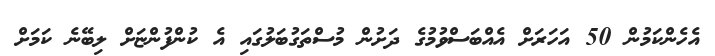
އެހެންކަމުން 50 އަހަރަށް އެއްބަސްވުމުގެ ދަށުން މުސްތަގުބަލުގައި އެ ކުންފުންޏަށް ލިބޭނެ ކަމަށް